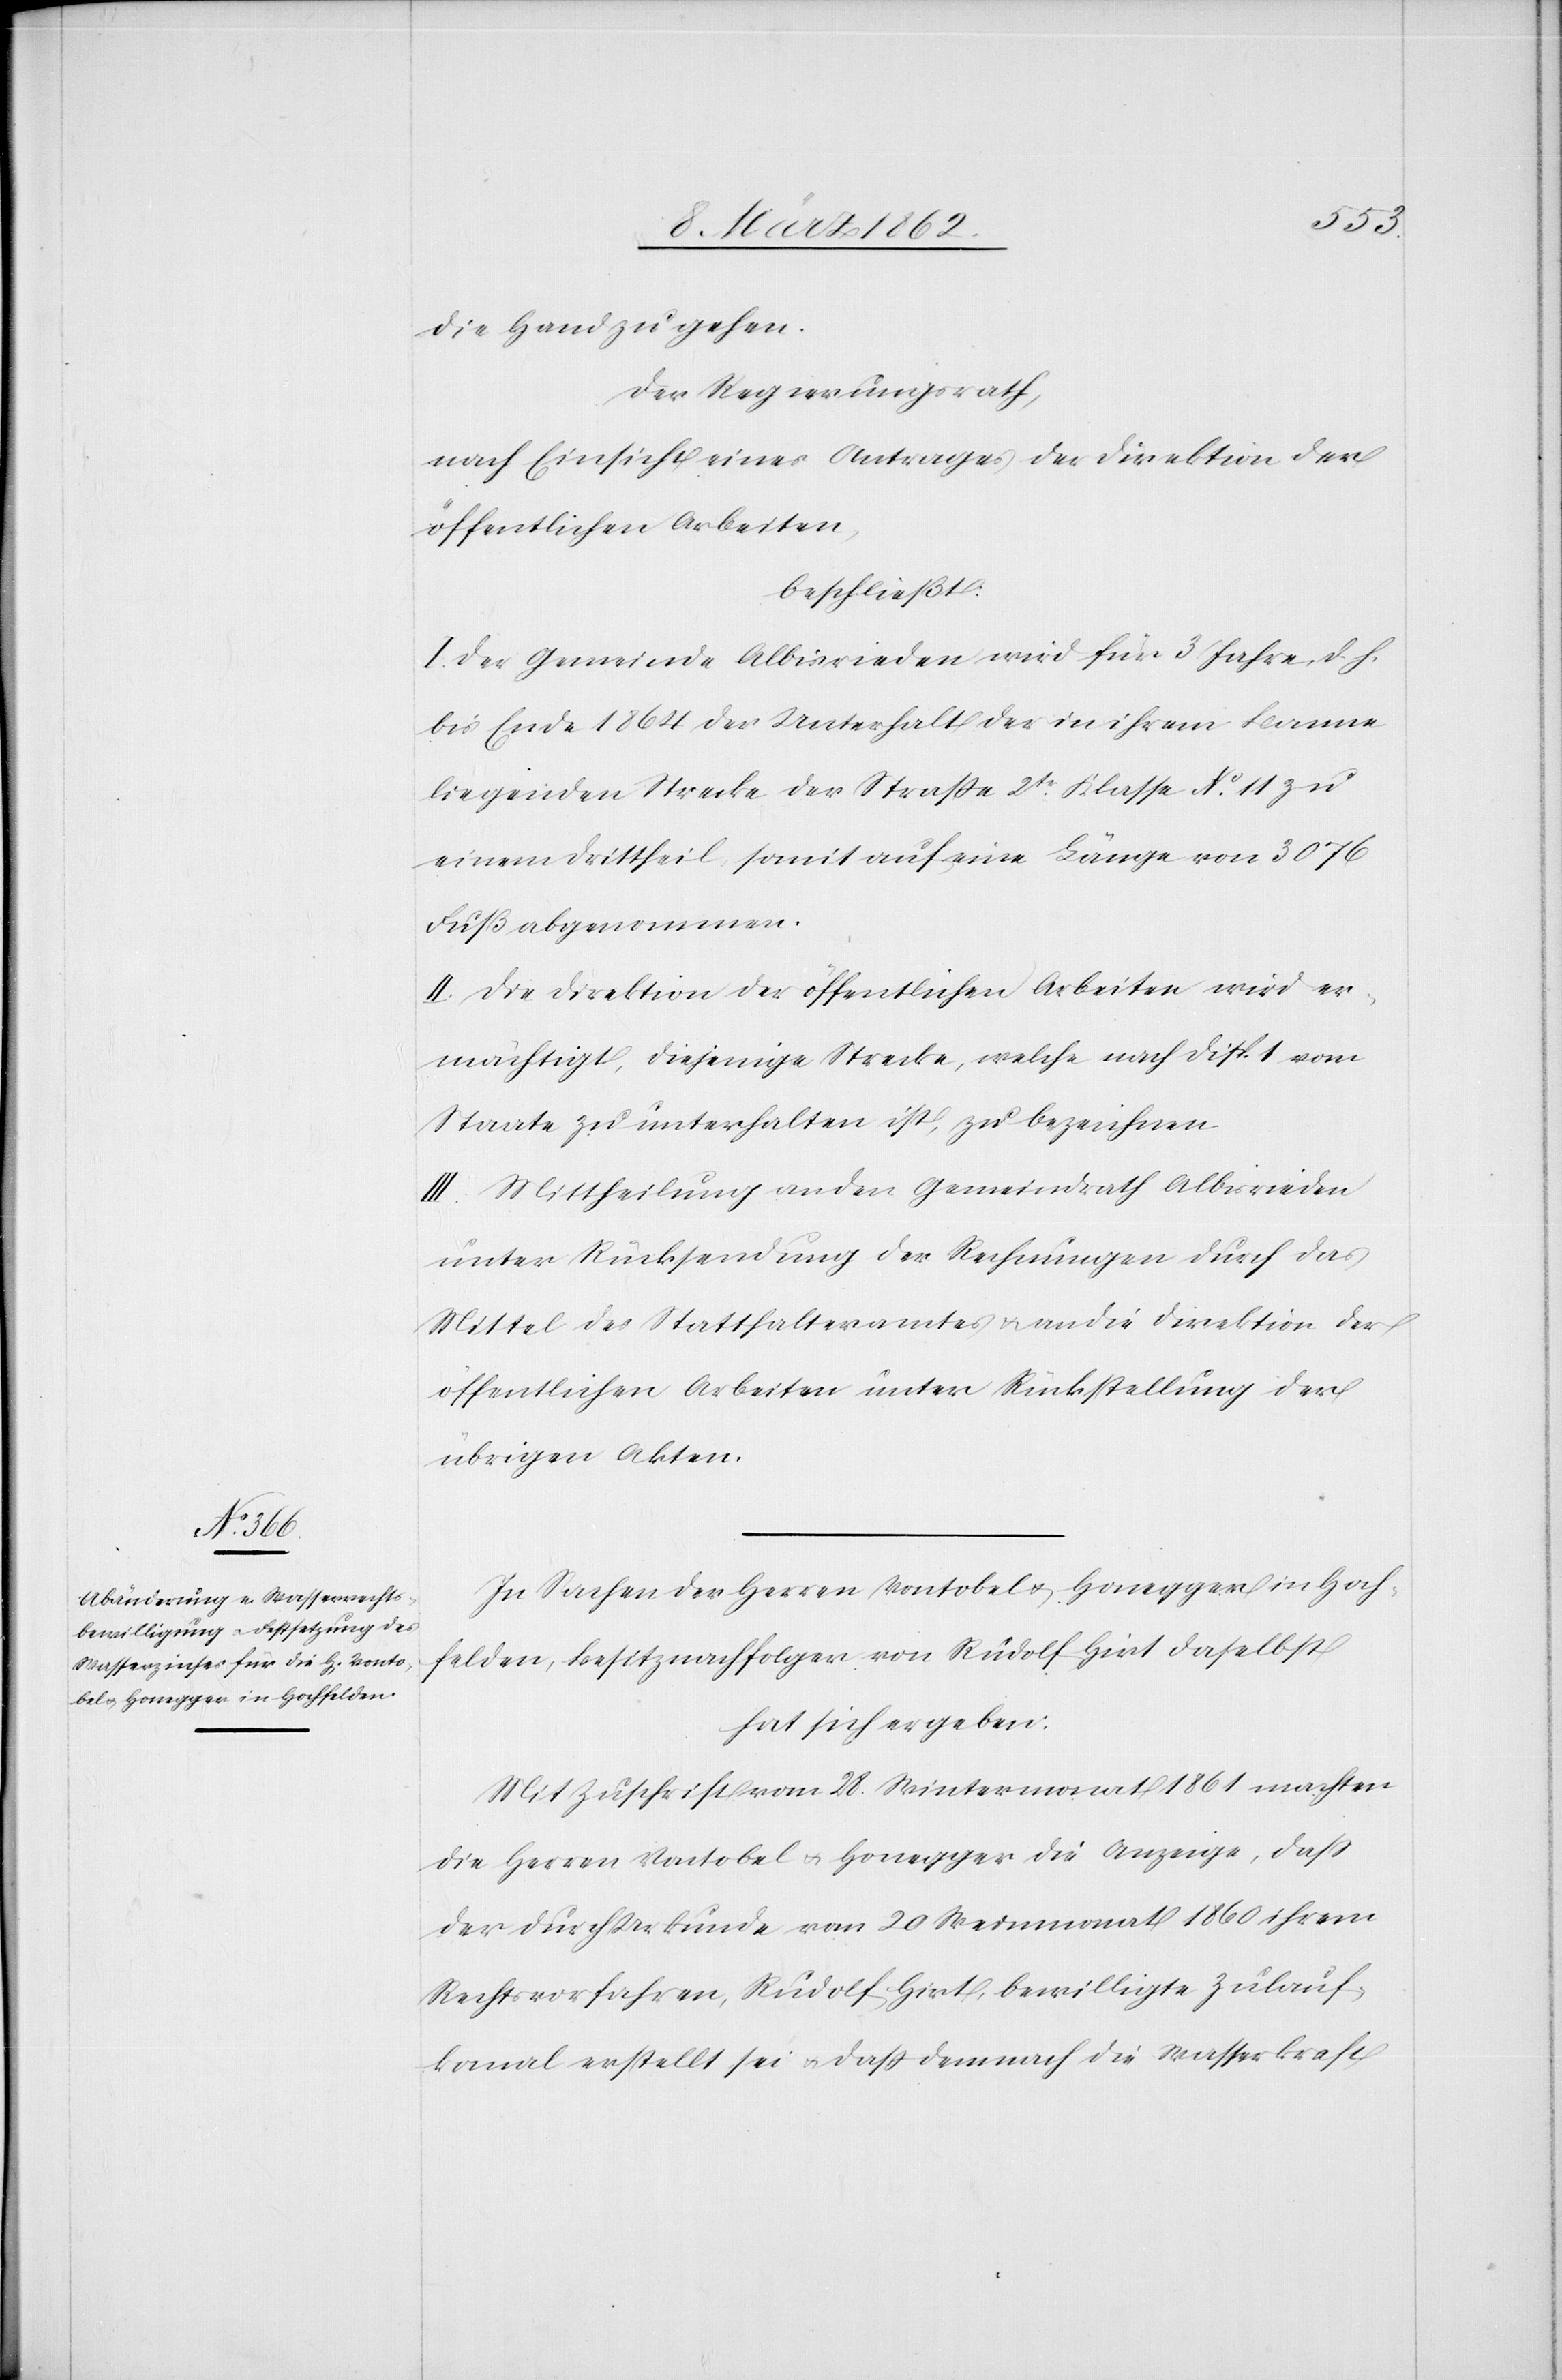
die Hand zu gehen.
Der Regierungsrath,
nach Einsicht eines Antrages der Direktion der
öffentlichen Arbeiten,
beschließt:
I. Der Gemeinde Albisrieden wird für 3 Jahre, d. h.
bis Ende 1864 der Unterhalt der in ihrem Banne
liegenden Strecke der Straße 2tr. Klasse No. 11 zu
einem Drittheil, somit auf eine Länge von 3076
Fuß abgenommen.
II. Die Direktion der öffentlichen Arbeiten wird er¬
mächtigt, diejenige Strecke, welche nach Disp. 1 vom
Staate zu unterhalten ist, zu bezeichnen.
III. Mittheilung an den Gemeindrath Albisrieden
unter Rücksendung der Rechnungen durch das
Mittel des Statthalteramtes & an die Direktion der
öffentlichen Arbeiten unter Rückstellung der
übrigen Akten.
In Sachen der Herren Vontobel & Honegger in Hoch¬
felden, Besitznachfolger von Rudolf Hirt daselbst
hat sich ergeben:
Mit Zuschrift vom 28. Wintermonat 1861 machten
die Herren Vontobel u. Honegger die Anzeige, daß
der durch Urkunde vom 20 Weinmonat 1860 ihrem
Rechtsvorfahren, Rudolf Hirt, bewilligte Zulauf¬
kanal erstellt sei u. daß demnach die Wasserkraft